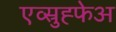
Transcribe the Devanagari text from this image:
एव्स्रुह्फेअ